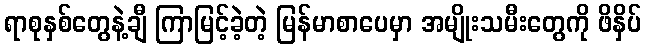
ရာစုနှစ်တွေနဲ့ချီ ကြာမြင့်ခဲ့တဲ့ မြန်မာစာပေမှာ အမျိုးသမီးတွေကို ဖိနှိပ်